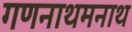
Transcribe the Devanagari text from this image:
गणनाथमनाथ